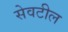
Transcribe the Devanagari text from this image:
सेवटील